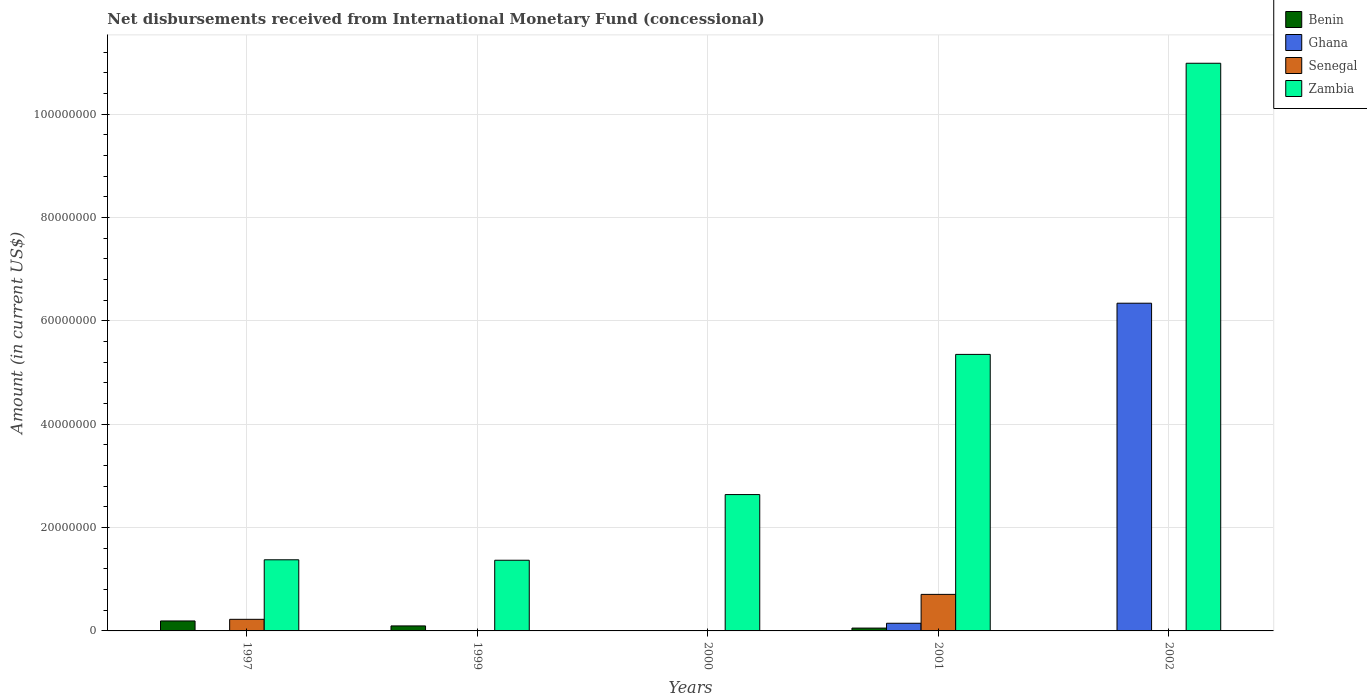
| Years | Benin | Ghana | Senegal | Zambia |
 | --- | --- | --- | --- | --- |
 | 1997 | 1.93e+06 | -1.18e+08 | 2.24e+06 | 1.38e+07 |
 | 1999 | 9.68e+05 | -1.51e+07 | -7.84e+06 | 1.37e+07 |
 | 2000 | -1.57e+06 | -1.76e+06 | -1.79e+06 | 2.64e+07 |
 | 2001 | 5.49e+05 | 1.48e+06 | 7.07e+06 | 5.35e+07 |
 | 2002 | -4.56e+06 | 6.34e+07 | -1.08e+07 | 1.1e+08 |